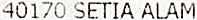
40170 SETIA ALAM